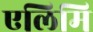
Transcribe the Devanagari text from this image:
एलिमि